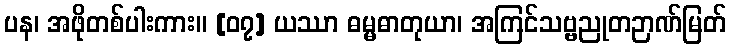
ပန၊ အဖိုတစ်ပါးကား။ [၀၇] ယဿာ ဓမ္မဓာတုယာ၊ အကြင်သဗ္ဗညုတဉာဏ်မြတ်